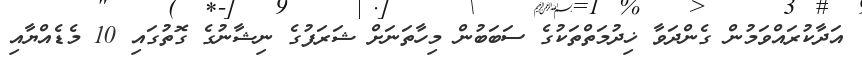
އަދާކުރައްވަމުން ގެންދަވާ ޚިދުމަތްތަކުގެ ސަބަބުން މިހާތަނަށް ޝަރަފުގެ ނިޝާނުގެ ގޮތުގައި 10 މެޑެއްޔާއި